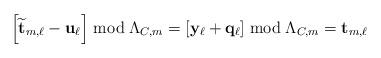
LaTeX: \begin{align*}&\left[ \widetilde{\mathbf{t}}_{m,\ell} - \mathbf{u}_\ell \right] \bmod \Lambda_{C,m} = \left[ \mathbf{y}_\ell + \mathbf{q}_\ell \right] \bmod \Lambda_{C,m} = \mathbf{t}_{m,\ell}\end{align*}